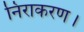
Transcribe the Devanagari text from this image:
निराकरण।